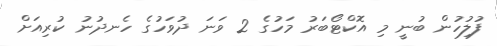
ފުލުިހުން ބުނީ މި އޮކްޓޯބަރު މަހުގެ 2 ވަނަ ދުވަހުގެ ހެނދުނު ކުރިއަށް